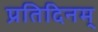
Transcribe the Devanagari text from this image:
प्रतिदिनम्‌